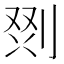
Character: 𭃲